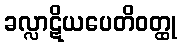
ခလ္လာဋိယပေတိဝတ္ထု